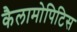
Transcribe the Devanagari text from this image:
कैलामोपिटिस